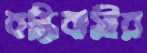
বস্তিবাসীর